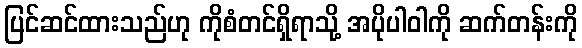
ပြင်ဆင်ထားသည်ဟု ကိုစံတင်ရှိရာသို့ အပိုပါဝါကို ဆက်တန်းကို